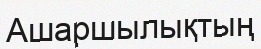
Ашаршылықтың